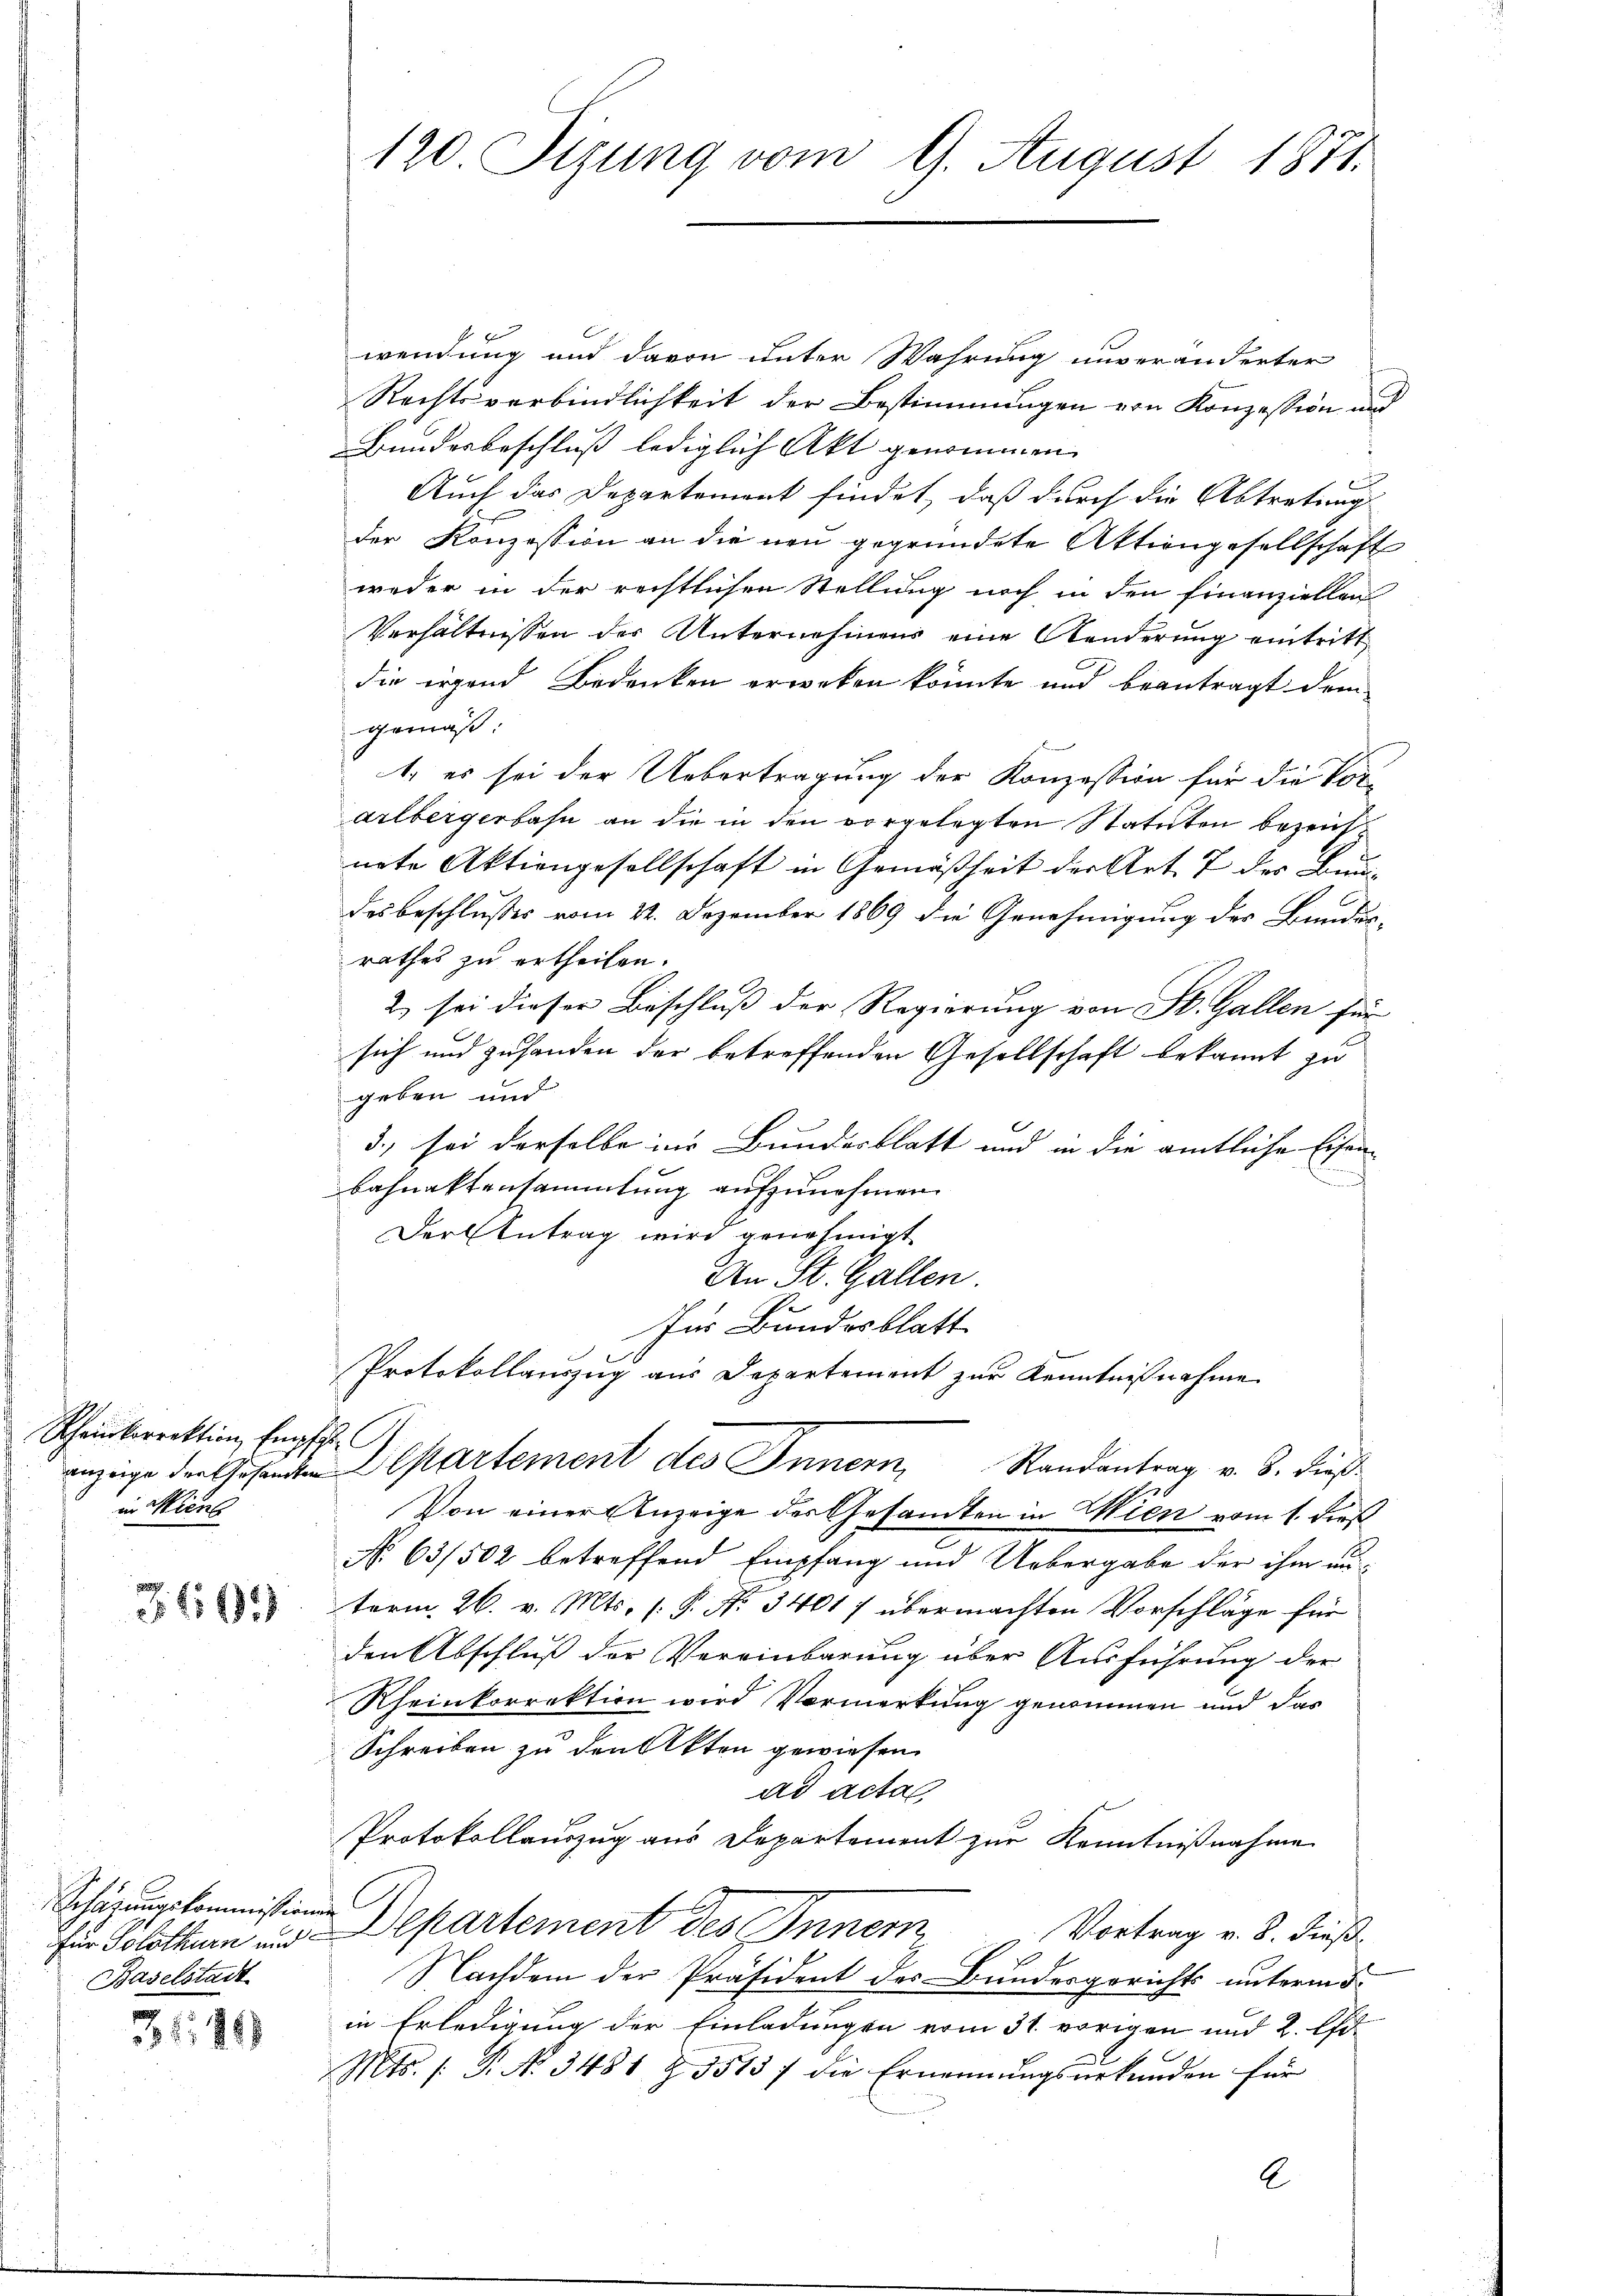
Scheinkorrektion Empfe
in Miene

3.6.193

Schätzungskommissionen
für Solothurn und
Baselstadt

31, 419

120. Sizung vom 9. August 1871.

wendung und davon unter Wahrung unveränderter
Rechtsverbindlichkeit der Bestimmungen von Konzession und
Bunderbeschluß lediglich Akt genommen.
Auch das Departement findet, daß durch die Abtretung
der Konzession an die neu gegründete Aktiengesellschaft
weder in der rechtlichen Stellung noch in den Finanziellen
Verhältnissen der Unternehmens eine Aenderung eintritt,
die irgend Bedenken erweken könnte und beantragt dem
gemäss,
1. es sei der Uebertragung der Konzession für die Vorarlbergerbahn an die in den vorgelegten Statuten bezeicht
nete Aktiengesellschaft in Gemäßheit der Art. 7 der Bundesbeschlußes vom 22. Dezember 1869 die Genehmigung des Bundes-
rathes zu ertheilen.
2 sei dieser Beschluss der Regierung von St. Gallen für
sich und zuhanden der betreffenden Gesellschaft bekannt zu
geben und
3., sei derselbe ins Bundesblatt und in die amtliche Eisen-
g
bahnaktensammlung aufzunehmen.
Der Antrag wird genehmigt.
An St. Gallen.
S
Ins Bundesblatt
Protokollauszug aus Departement zur Kenntnißnahme
anzeige der Gesandten Departement des Innern, Randantrag v. 8. dieß¬
Von einer Anzeige der Gesamten in Wien vom 1. dieß
No 63/502 betreffend Empfang und Uebergabe der ihm an-
term 26. v. Mts. (: P. Nr. 34017 übermachten Vorschläge für
den Abschluß der Vereinbarung über Ausführung der
Rheinkorrektion wird Vormerkung genommen und das
Schreiben zu den Akten gewiesen.
ad acta
Protokollauszug aus Departement zur Kenntnißnahme
C
Departement des Innem
Vortrag v. 8. dieß.
Nachdem der Präsident des Bundesgerichts unterm 5
in Erledigung der Einladungen vom 31. vorigen und 2. Ei
Mts. (T. N. 3481 Z. 35137 die Ernennŭngsŭrkŭnden für

6